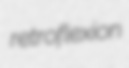
retroflexion